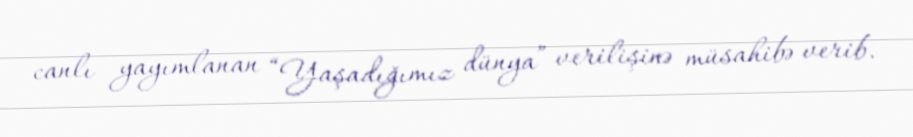
canlı yayımlanan “Yaşadığımız dünya” verilişinə müsahibə verib.